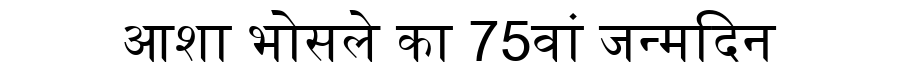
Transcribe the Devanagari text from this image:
आशा भोसले का 75वां जन्मदिन